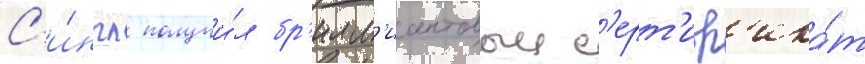
С'и́нгл получи́л бр'илл'иантовыи с'ерт'иф'ика́т